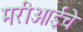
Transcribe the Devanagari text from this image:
मरीआईचे